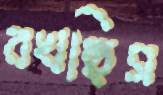
বখছিস